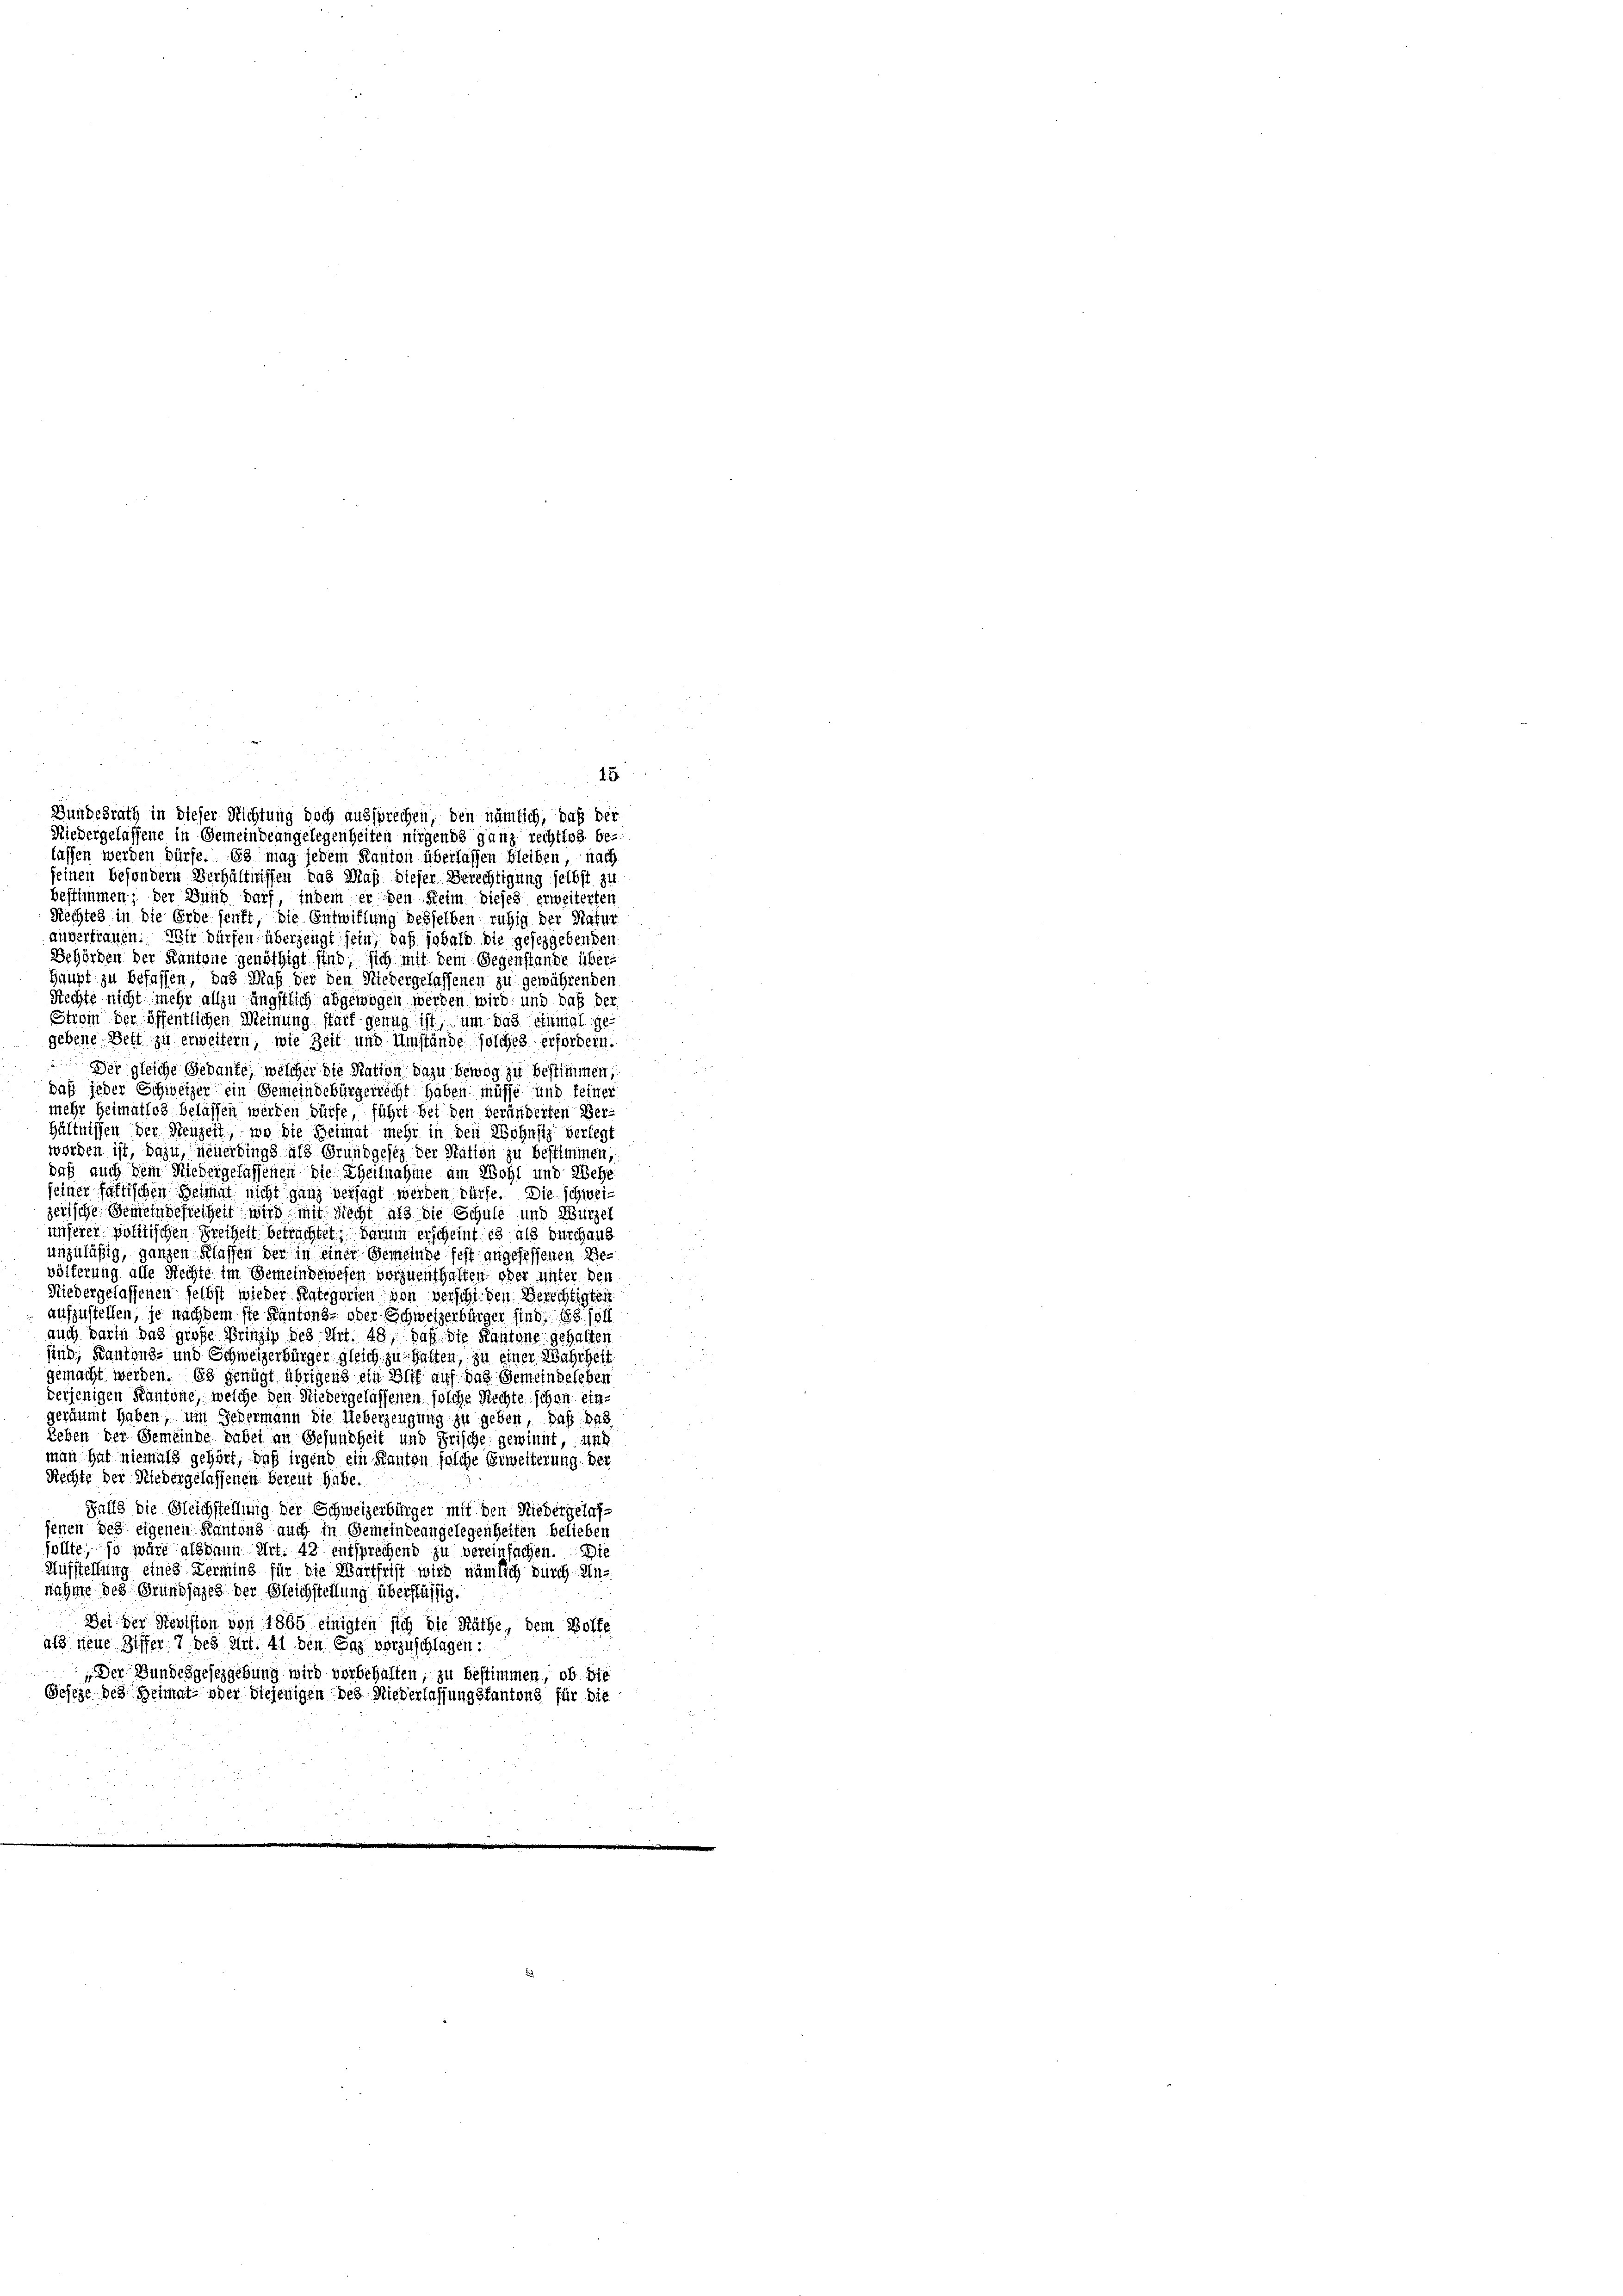
anvertrauen. Wir dürfen überzeugt sein, daß sobald die geseggebenden
Behörden der Kantone genöthigt sind, sich mit dem Gegenstande über¬
Haupt zu befassen, das Maß der den Niedergelassenen zu gewährenden
Rechte nicht mehr allzu ängstlich abgewogen werden wird, und daß der
Strom der öffentlichen Meinung stark genug ist, um das einmal gegebene Bett zu erweitern, wie Zeit und Umstände solches erfordern.
Der gleiche Gebaute, welcher die Nation dazu bewog zu bestimmen
daß jeder Schweizer ein Gemeindebürgerrecht haben müsse und feiner
mehr Heimatlos belassen werden dürfe, führt bei den veränderten Ver-
hältnissen der Neuzeit, wo die Heimat mehr in den Wohnsiz verlegt
werden ist, dazu, neuerdings als Grundgesez der Station zu bestimmen,
daß auch dem Niedergelassenen die Theilnahme am Wohl und Wehe
seiner faktischen Heimat nicht ganz versagt werden würfe. Die schweizerische Gemeindefreiheit wird mit Recht als die Schule und Wurzel
unserer politischen Freiheit betrachtet, darum erscheint es als durchaus
unzuläßig, ganzen Klaffen der in einer Gemeinde fest angesessenen Bevölferung alle Rechte im Gemeindewesen vorzuenthalten oder unter den
Niedergelassenen selbst wieder Kategorien von verschi den Berichtigten.
aufzustellen, je nachdem sie Kantons- oder Schweizerbürger sind. 188. 100
auch darin das große Brinzip des Art. 48, daß die Kantone gehalten
sind, Kantons- und Schweizerbürger gleich zu halten, zu einer Wahrheit
gemacht werden. Es genügt übrigend ein Blif auf das Gemeindeleben
verjenigen Kantone, welche den Niedergelassenen solche Rechte schon eingeräumt haben, um Gedermann die Ueberzeugung zu geben, daß das
Leben der Gemeinde dabei an Gesundheit und Frische gewinnt, und
man hat niemals gehört, daß irgend ein Kanton solche Erweiterung der
Rechte der Niedergelassenen Bereut habe.
Falls die Gleichstellung der Schweizerbürger mit den Niedergelaffenen des eigenen Kantons auch in Gemeindeangelegenheiten belieben
sollte, so wäre alsdann Art. 42 entsprechend zu vereinfachen. Die
Aufstellung eines Terming für die Wartfrist wird nämlich durch Annahme des Grundsazeg der Gleichstellung überflüssig.
Bei der Revision von 1865 einigten sich die Räthe, dem Wolfe
alz neue Ziffer, 7. des Art. 41 den Gaz. vorzuschlagen:
Der Bundesgesezgebung wird vorbehalten, zu bestimmen, ob die
Geseze des Heimat- oder diejenigen des Niederlassung stantons für die

Niedergelassene in Gemeindeangelegenheiten nirgends ganz rechtlos be-
lassen werden dürfe. 63 mag jedem Kanton überlassen bleiben, nach
seinen besondern Verhältnissen das Maß dieser Berechtigung selbst zu
bestimmen; der Bund darf, indem er den Reim dieses erweiterten
Rechtes in die Erde senkt, die Entwitlung besselben ruhig der Natur

Bundesrath in dieser Richtung doch aussprechen, den nämlich, daß der

5

.